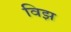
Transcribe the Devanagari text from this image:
विझ